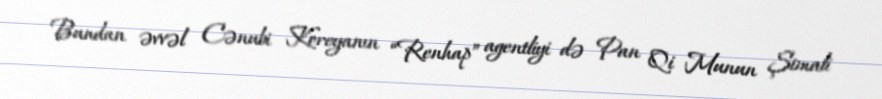
Bundan əvvəl Cənubi Koreyanın “Renhap” agentliyi də Pan Qi Munun Şimali